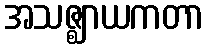
အသဇ္ဈာယကတာ